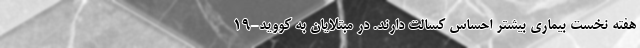
هفته نخست بیماری بیشتر احساس کسالت دارند. در مبتلایان به کووید-۱۹